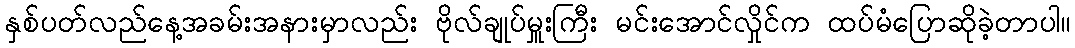
နှစ်ပတ်လည်နေ့အခမ်းအနားမှာလည်း ဗိုလ်ချုပ်မှူးကြီး မင်းအောင်လှိုင်က ထပ်မံပြောဆိုခဲ့တာပါ။